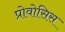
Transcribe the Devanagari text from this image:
प्रोवोसिस